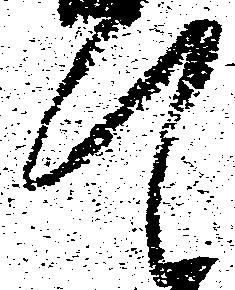
て